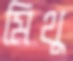
মিথু